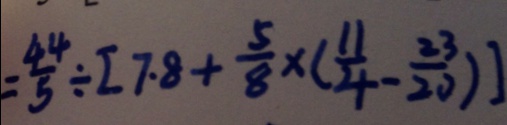
= \frac { 4 4 } { 5 } \div [ 7 . 8 + \frac { 5 } { 8 } \times ( \frac { 1 1 } { 4 } - \frac { 2 3 } { 2 0 } ) ]